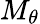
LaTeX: M_{\theta}